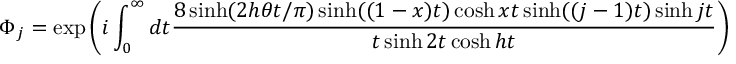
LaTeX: \Phi _ { j } = \exp \left( i \int _ { 0 } ^ { \infty } d t \frac { 8 \sinh ( 2 h \theta t / \pi ) \sinh ( ( 1 - x ) t ) \cosh x t \sinh ( ( j - 1 ) t ) \sinh j t } { t \sinh 2 t \cosh h t } \right)